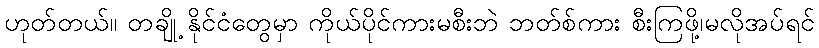
ဟုတ်တယ်။ တချို့ နိုင်ငံတွေမှာ ကိုယ်ပိုင်ကားမစီးဘဲ ဘတ်စ်ကား စီးကြဖို့၊မလိုအပ်ရင်